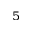
^ { 5 }